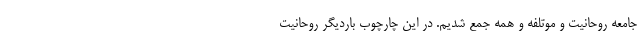
جامعه روحانیت و موتلفه و همه جمع شدیم. در این چارچوب باردیگر روحانیت